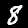
Label: 8